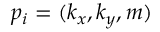
p _ { i } = ( k _ { x } , k _ { y } , m )